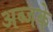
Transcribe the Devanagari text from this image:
अब्जके